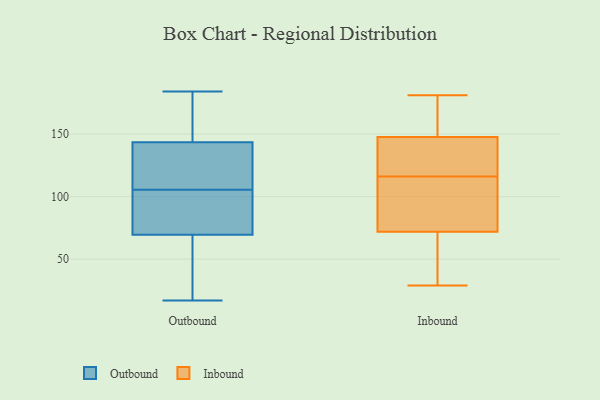
{"axis": {"x": "Satisfaction Score", "y": "Value"}, "legend": ["Inbound", "Outbound"], "data": [{"x": "", "y": 120, "type": "Outbound"}, {"x": "", "y": 66, "type": "Outbound"}, {"x": "", "y": 69, "type": "Outbound"}, {"x": "", "y": 17, "type": "Outbound"}, {"x": "", "y": 117, "type": "Outbound"}, {"x": "", "y": 182, "type": "Outbound"}, {"x": "", "y": 153, "type": "Outbound"}, {"x": "", "y": 57, "type": "Outbound"}, {"x": "", "y": 98, "type": "Outbound"}, {"x": "", "y": 113, "type": "Outbound"}, {"x": "", "y": 184, "type": "Outbound"}, {"x": "", "y": 70, "type": "Outbound"}, {"x": "", "y": 165, "type": "Outbound"}, {"x": "", "y": 78, "type": "Outbound"}, {"x": "", "y": 97, "type": "Outbound"}, {"x": "", "y": 155, "type": "Outbound"}, {"x": "", "y": 132, "type": "Outbound"}, {"x": "", "y": 27, "type": "Outbound"}, {"x": "", "y": 85, "type": "Outbound"}, {"x": "", "y": 134, "type": "Outbound"}, {"x": "", "y": 131, "type": "Inbound"}, {"x": "", "y": 110, "type": "Inbound"}, {"x": "", "y": 107, "type": "Inbound"}, {"x": "", "y": 62, "type": "Inbound"}, {"x": "", "y": 130, "type": "Inbound"}, {"x": "", "y": 144, "type": "Inbound"}, {"x": "", "y": 90, "type": "Inbound"}, {"x": "", "y": 163, "type": "Inbound"}, {"x": "", "y": 66, "type": "Inbound"}, {"x": "", "y": 149, "type": "Inbound"}, {"x": "", "y": 29, "type": "Inbound"}, {"x": "", "y": 181, "type": "Inbound"}, {"x": "", "y": 116, "type": "Inbound"}, {"x": "", "y": 30, "type": "Inbound"}, {"x": "", "y": 153, "type": "Inbound"}]}